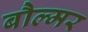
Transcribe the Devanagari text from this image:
बौल्मर